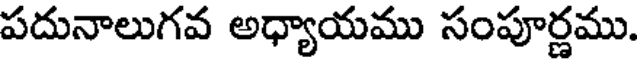
పదునాలుగవ అధ్యాయము సంపూర్ణము.